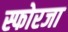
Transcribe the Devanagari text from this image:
स्फोरजा